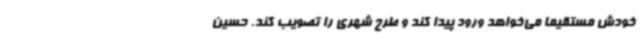
خودش مستقیما می‌خواهد ورود پیدا کند و طرح شهری را تصویب کند. حسین